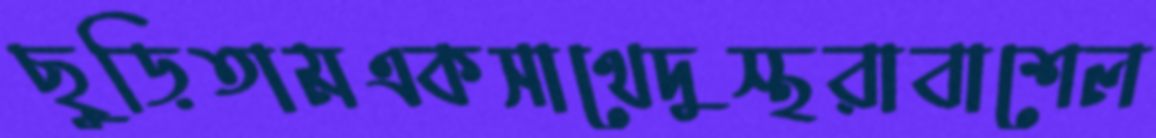
ছুড়িতামএকসাথেদুস্থরাবাশেল